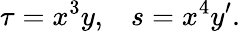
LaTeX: \tau=x^{3}y,\; \; \; s=x^{4}y^{\prime}.